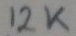
Text: 12K